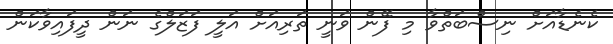
ކެނެޑާއަށް ނިސްބަތްވާ މި ފޭން ވަނީ ތަރިއަށް އަލީ ފަޒަލްގެ ނަން ދީފައިވާކަން